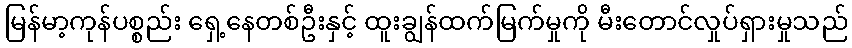
မြန်မာ့ကုန်ပစ္စည်း ရှေ့နေတစ်ဦးနှင့် ထူးချွန်ထက်မြက်မှုကို မီးတောင်လှုပ်ရှားမှုသည်